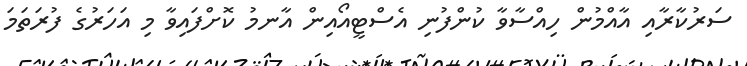
ސަރުކާރާއި އާއްމުން ހިއްސާވާ ކުންފުނި އެސްޓީއޯއިން އާނމު ކޮށްފައިވާ މި އަހަރުގެ ފުރަތަމަ